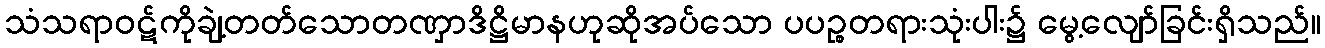
သံသရာဝဋ်ကိုချဲ့တတ်သောတဏှာဒိဋ္ဌိမာနဟုဆိုအပ်သော ပပဉ္စတရားသုံးပါး၌ မွေ့လျော်ခြင်းရှိသည်။